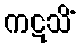
ကဋသိံ